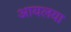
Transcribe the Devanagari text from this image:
आयलया